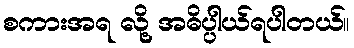
စကားအရ လို့ အဓိပ္ပါယ်ရပါတယ်။